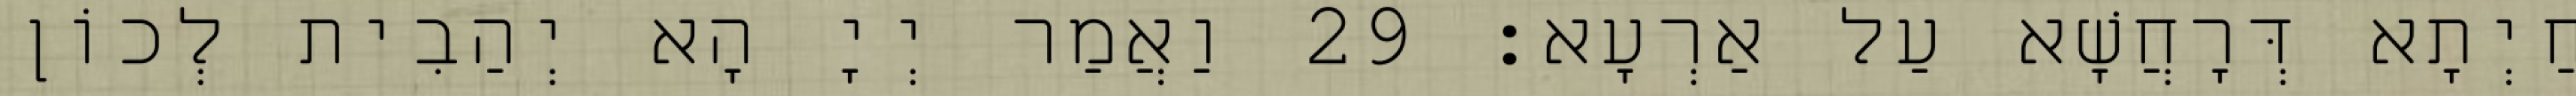
חַיְתָא דְּרָחֲשָׁא עַל אַרְעָא׃ 29 וַאֲמַר יְיָ הָא יְהַבִית לְכוֹן